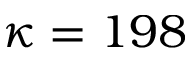
\kappa = 1 9 8